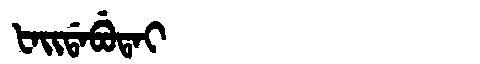
Manchu: ᡶᠠᡳᡩᠠᠪᡠᡨᠠᡳ
Romanization: FAIDABUTAI